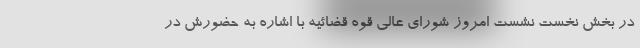
در بخش نخست نشست امروز شورای عالی قوه قضائیه با اشاره به حضورش در